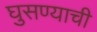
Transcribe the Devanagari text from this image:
घुसण्याची